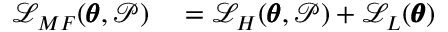
\begin{array} { r l } { \mathcal { L } _ { M F } ( \pmb { \theta } , \mathcal { P } ) } & { { } = \mathcal { L } _ { H } ( \pmb { \theta } , \mathcal { P } ) + \mathcal { L } _ { L } ( \pmb { \theta } ) } \end{array}